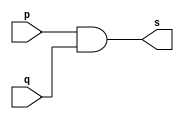
//-------------
//Exemplo0014//AND
//Nome:Leonardo Machado Decina
//-------------
//-------------
//--andgate
//-------------
module andgate (output s, input p, input q);
assign s = (p & q);
endmodule // andgate
module andgate2 (output s, input p, input q, input r);
wire s1;
andgate AND1 (s1, p, q);
andgate AND2 (s, r, s1);
endmodule//endgate
module testandgate;
reg a,b,c;
wire s;
andgate2 AND3(s,a,b,c);
//---------parte principal
initial begin:start
a=0;b=0;c=0;
end

initial begin:main
$display("Exemplo0014 - Leonardo Machado Decina 451588");
$display("test andgate");
$display("a & b & c = s");

#1 a=0;b=0;c=0;
$monitor("%b & %b & %b = %b",a,b,c,s);
#1 a=0;b=0;c=1;
#1 a=0;b=1;c=0;
#1 a=0;b=1;c=1;
#1 a=1;b=0;c=0;
#1 a=1;b=0;c=1;
#1 a=1;b=1;c=0;
#1 a=1;b=1;c=1;
end
endmodule//testandgate